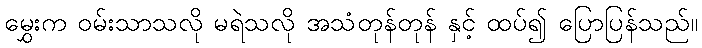
မွှေးက ဝမ်းသာသလို မရဲသလို အသံတုန်တုန် နှင့် ထပ်၍ ပြောပြန်သည်။